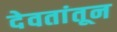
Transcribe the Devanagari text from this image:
देवतांतून